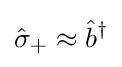
{\hat {\sigma }}_{+}\approx {\hat {b}}^{\dagger }